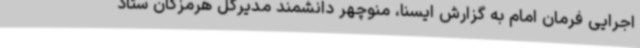
اجرایی فرمان امام به گزارش ایسنا، منوچهر دانشمند مدیرکل هرمزگان ستاد